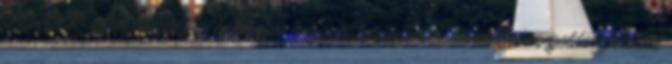
LEADER ▪Nem speciálisan hátrányos helyzetű településekre vonatkozó megoldási javaslat